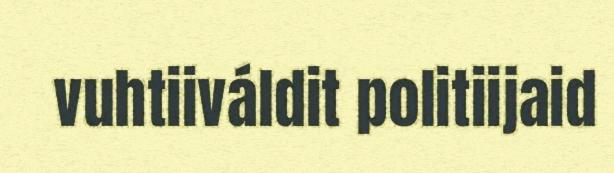
vuhtiiváldit politiijaid